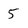
Character: 5